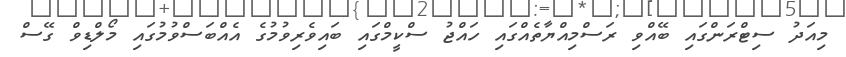
މިއަދު ސިޓްރަންގައި ބޭއްވި ރަސްމިއްޔާތެއްގައި ހައްޖު ސްކީމްގައި ބައިވެރިވުމުގެ އެއްބަސްވުމުގައި މޯލްޑިވް ގޭސް